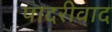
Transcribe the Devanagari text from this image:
पादरीवाद